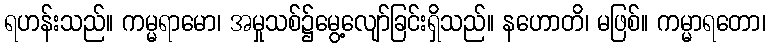
ရဟန်းသည်။ ကမ္မရာမော၊ အမှုသစ်၌မွေ့လျော်ခြင်းရှိသည်။ နဟောတိ၊ မဖြစ်။ ကမ္မာရတော၊